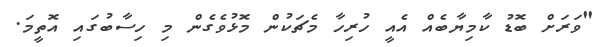
"ވަރަށް ބޮޑު ކާމިޔާބެއް އެއީ ހުރިހާ މެޗަކުން މޮޅުވެގެން މި ހިސާބުގައި އޮތީމަ.